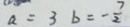
a = 3 b = - \frac { 7 } { 2 }